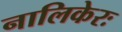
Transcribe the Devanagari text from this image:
नालिकेरः